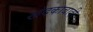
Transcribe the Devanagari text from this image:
खंदकाबादी